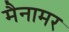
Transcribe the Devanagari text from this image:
मैनामर